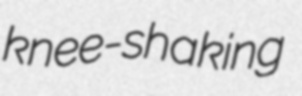
knee-shaking